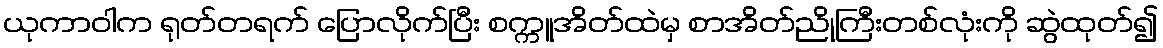
ယုကာဝါက ရုတ်တရက် ပြောလိုက်ပြီး စက္ကူအိတ်ထဲမှ စာအိတ်ညိုကြီးတစ်လုံးကို ဆွဲထုတ်၍